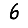
Digit: 6